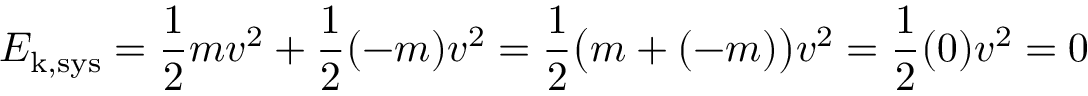
E _ { \mathrm { k , s y s } } = { \frac { 1 } { 2 } } m v ^ { 2 } + { \frac { 1 } { 2 } } ( - m ) v ^ { 2 } = { \frac { 1 } { 2 } } { \big ( } m + ( - m ) { \big ) } v ^ { 2 } = { \frac { 1 } { 2 } } ( 0 ) v ^ { 2 } = 0